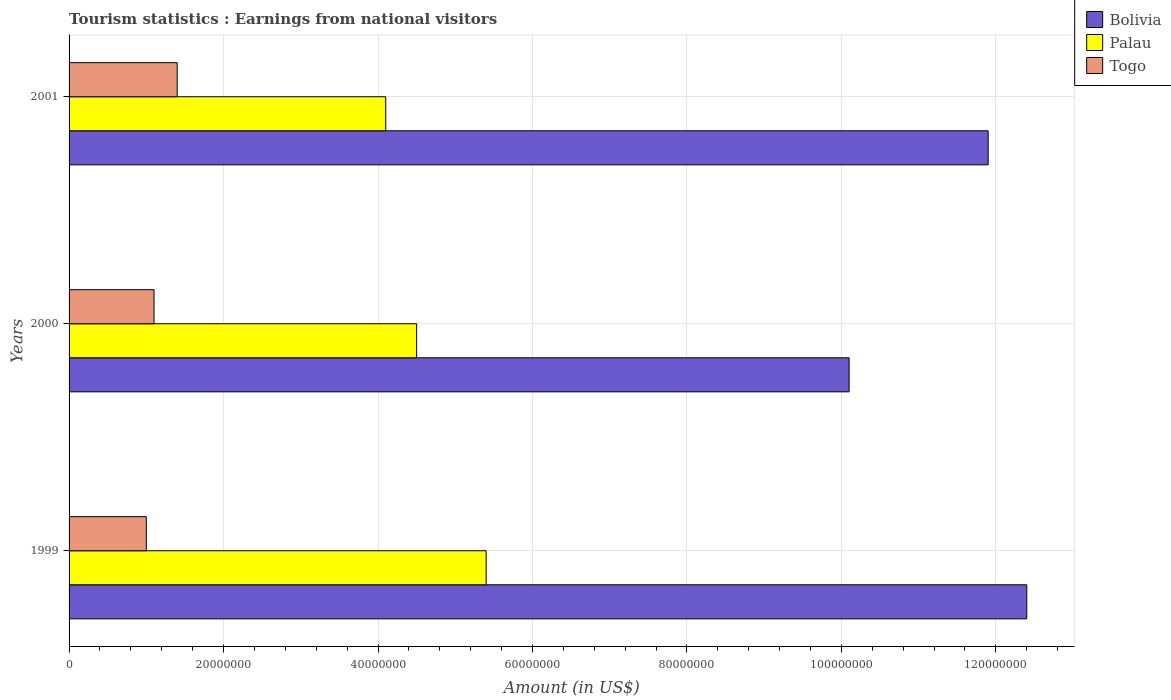
| Years | Bolivia | Palau | Togo |
 | --- | --- | --- | --- |
 | 1999 | 1.24e+08 | 5.4e+07 | 1e+07 |
 | 2000 | 1.01e+08 | 4.5e+07 | 1.1e+07 |
 | 2001 | 1.19e+08 | 4.1e+07 | 1.4e+07 |